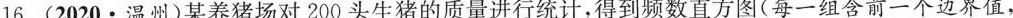
16.(2020·温州)某养猪场对200头生猪的质量进行统计，得到频数直方图(每一组含前一个边界值，